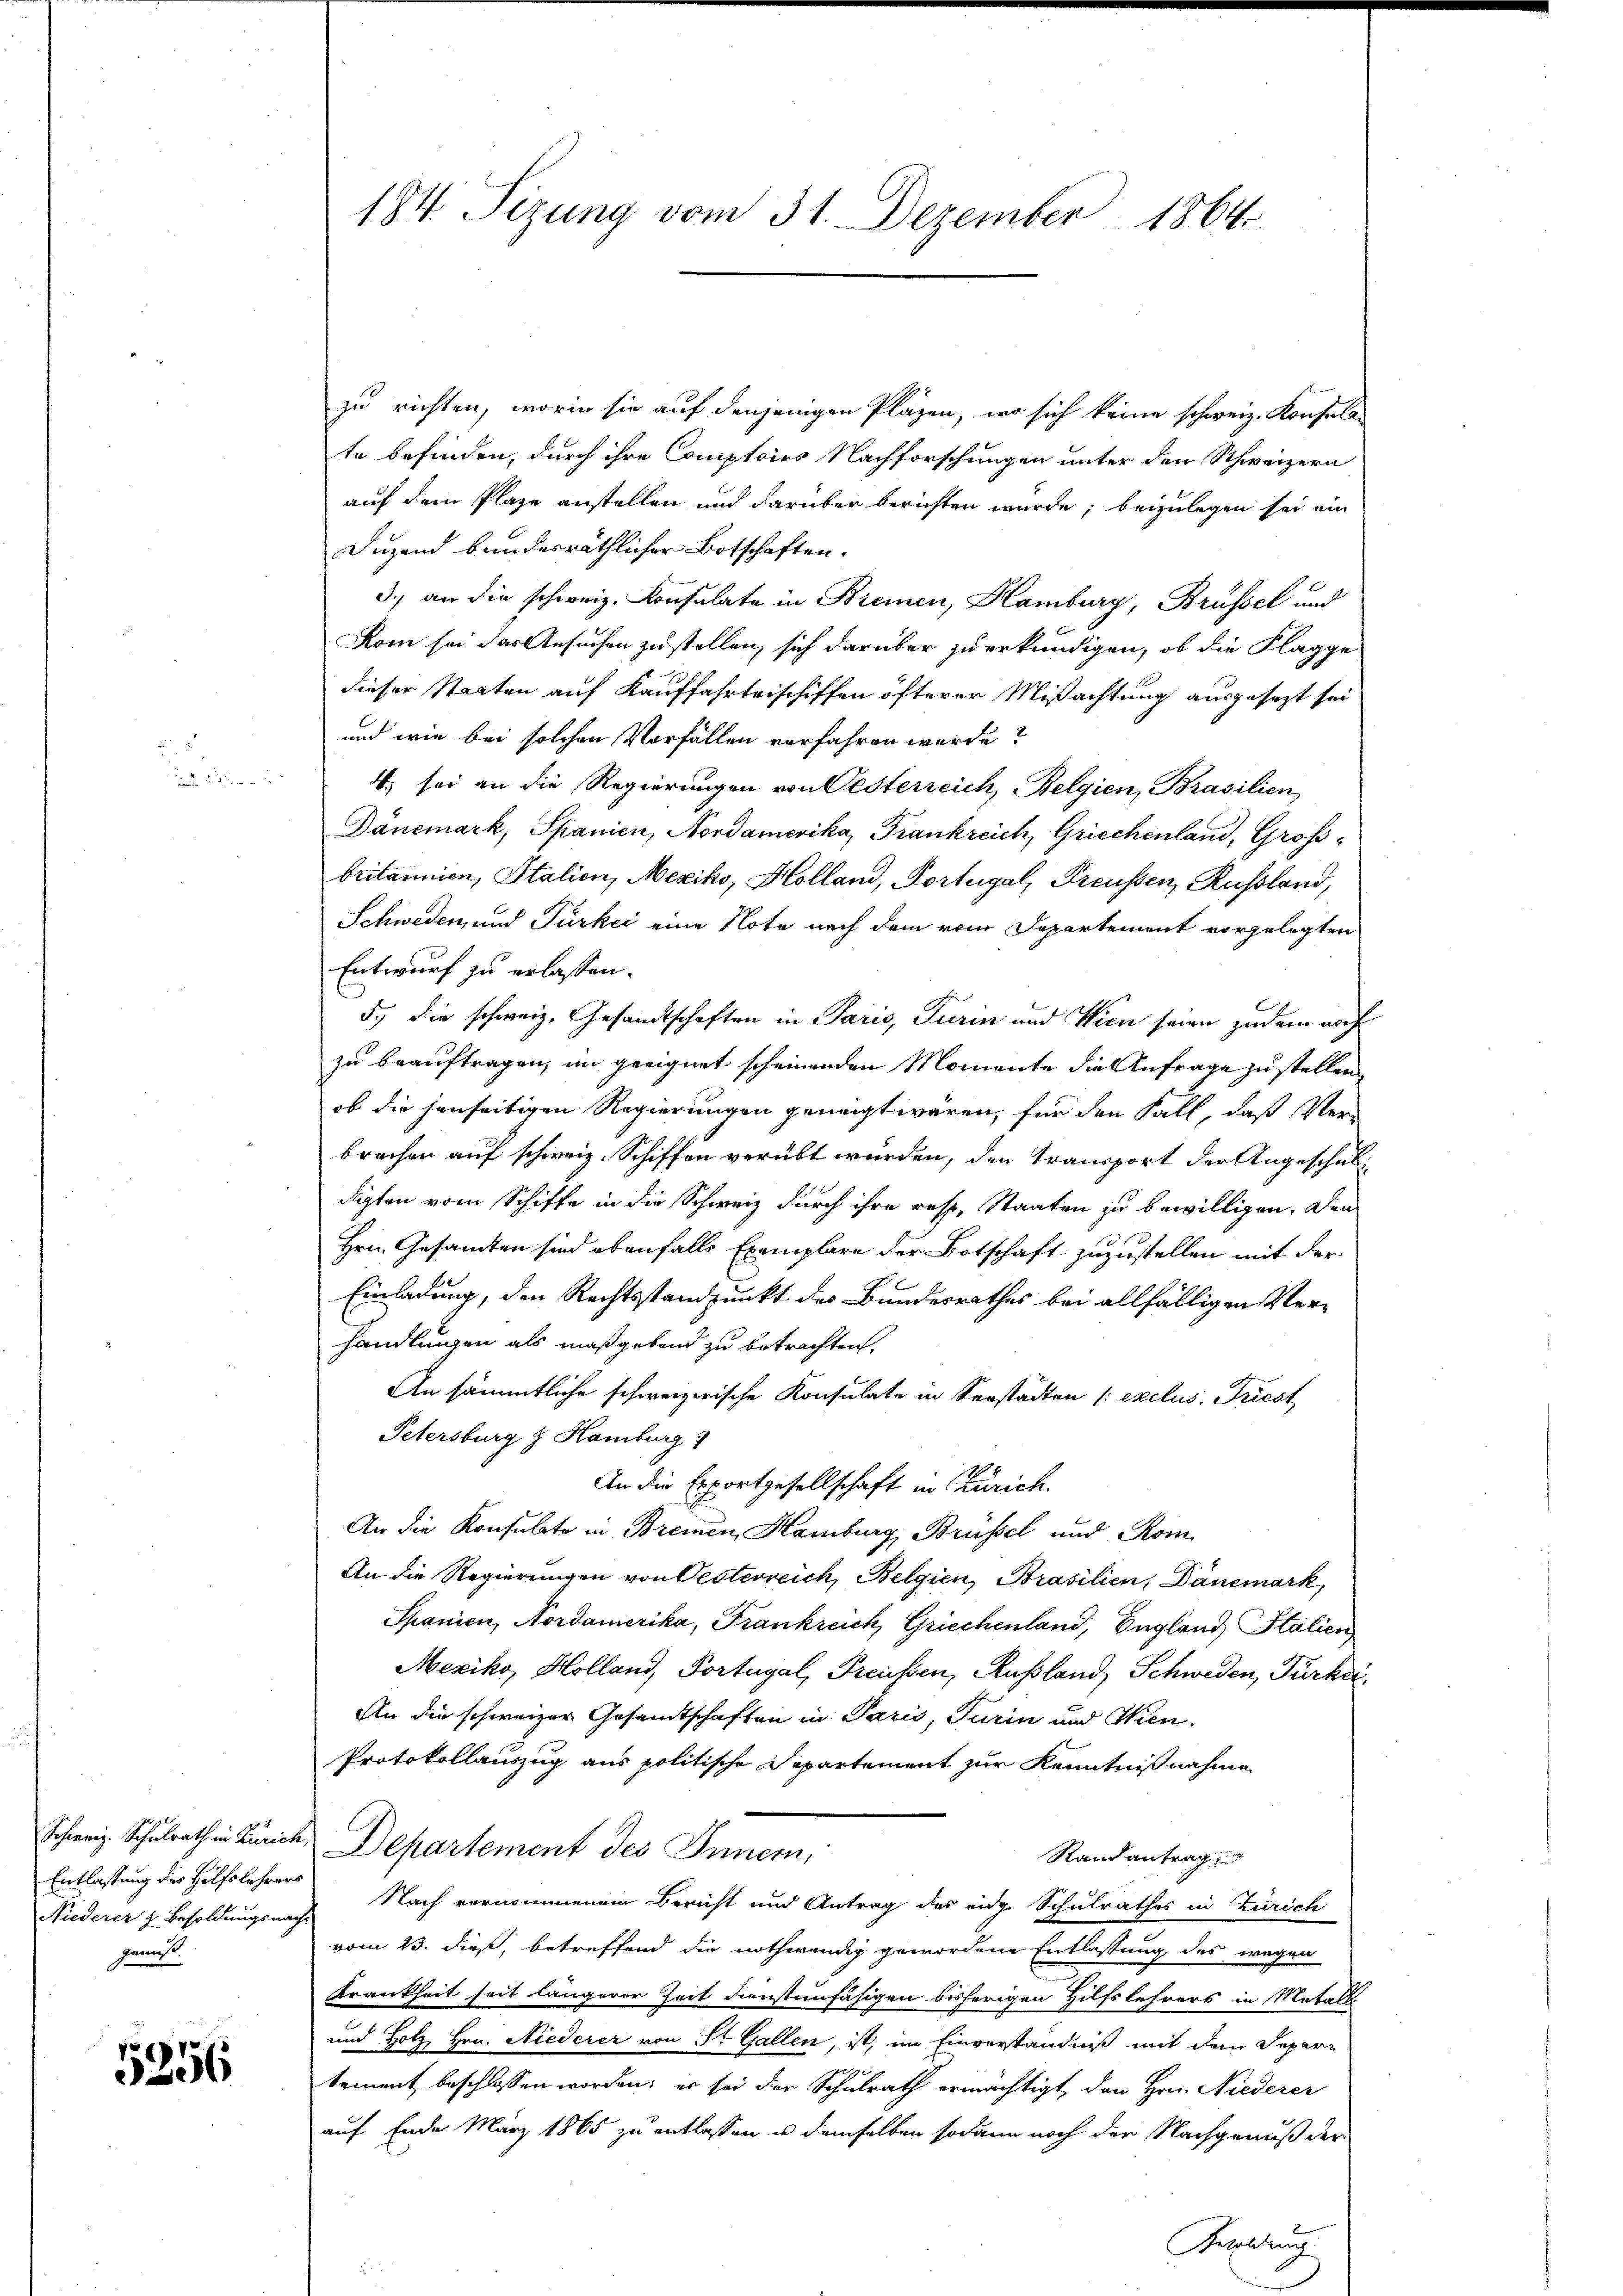
Entlassung des Hilfslehrers
Niederer z. Besoldungsnach
gemacht.

5256

184. Tizung vom 31. Dezember 1864.

zu richten, worin sie auf denjenigen Pläzen, wo sich keine schweiz. Konsula-
te befinden, durch ihre Comptoirs Nachforschungen unter den Schweizern
auf dem Plaze anstellen und darüber berichten wurde, beizulegen sei ein
Duzend bundesräthlicher Botschaften.
3.) an die schweiz. Konsulate in Bremen, Hamburg, Brüssel und
Rom sei der Ansuchen zu stellen, sich darüber zu erkundigen, ob die Klagge
dieser Staaten auf Kauffahrteischiffen öfterer Mißachtung ausgesezt sei
und wie bei solchen Vorfällen verfahren werde?
4. sei an die Regierungen von Oesterreich Belgien, Brasilien,
Dánemark, Spanien, Nordamerika, Frankreich, Griechenland, Großbritannien, Italien, Mexiko, Holland, Fortugal, Preussen, Russland,
Schweden, und Türkei eine Note nach dem vom Departement vorgelegten
Entwurf zu erlassen.
5.) die schweiz. Gesandtschaften in Paris, Turin und Wien seien zudem auch
zu beauftragen, im geeignet scheinenden Momente die Anfrage zu stellen
ob die jenseitigen Regierungen geneigt wären, für den Fall, daß Verbrechen auf schweiz. Schiffen verübt wurden, den Transport der Angeschuldigten vom Schiffe in die Schweiz durch ihre resp. Staaten zu bewilligen. Den
Hrn. Gesandten sind ebenfalls Exemplare der Botschaft zuzustellen mit der
Einladung, den Rechtsstandpunkt der Bundesrathes bei allfälligen Verhandlungen als maßgebend zu betrachten,
An sämmtliche schweizerische Konsulate in Verstädten /: exclus. Friest
Petersburg z. Hamburg 1
An die Exportgesellschaft in Zürich.
An die Konsulate in Breinen, Hamburg, Brüssel und Rom.
An die Regierungen von Oesterreich, Belgien, Brasilien, Dänemark,
Spanien, Nordamerika, Frankreich, Griechenland, England Stalien
Mexiko, Holland, Portugal, Preussen, Rußland Schweden, Fürker¬
An die schweizer Gesamtschaften in Paris, Turin und Wien
Protokollauszug aus politische Departement zur Kenntnißnahme
Schweiz. Schulrath in Zürich, Departement des Innern,
Rand antrag
Nach vernommenem Bericht und Antrag des eidg. Schulrathes in Zürich
vom 23. dieß, betreffend die nothwendig gewordene Entlassung des wegen
Krankheit heit längerer Zeit dienstenfähigen bisherigen Hilfslehrers in Metalt
 und Holz, Hrn. Niederer von St. Gallen, ist, im Einverständniß mit dem Depari
tement beschlossen worden, er sei der Schulrath ermächtigt, den Hrn. Niederer
auf Ende März 1865 zu entlassen u demselben sodann noch der Nachgenuß der
Zwaldung